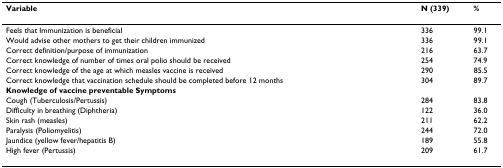
<table><thead><tr><td><b>Variable</b></td><td><b>N (339)</b></td><td><b>%</b></td></tr></thead><tbody><tr><td>Feels that Immunization is beneficial</td><td>336</td><td>99.1</td></tr><tr><td>Would advise other mothers to get their children immunized</td><td>336</td><td>99.1</td></tr><tr><td>Correct definition/purpose of immunization</td><td>216</td><td>63.7</td></tr><tr><td>Correct knowledge of number of times oral polio should be received</td><td>254</td><td>74.9</td></tr><tr><td>Correct knowledge of the age at which measles vaccine is received</td><td>290</td><td>85.5</td></tr><tr><td>Correct knowledge that vaccination schedule should be completed before 12 months</td><td>304</td><td>89.7</td></tr><tr><td><b>Knowledge of vaccine preventable Symptoms</b></td><td></td><td></td></tr><tr><td>Cough (Tuberculosis/Pertussis)</td><td>284</td><td>83.8</td></tr><tr><td>Difficulty in breathing (Diphtheria)</td><td>122</td><td>36.0</td></tr><tr><td>Skin rash (measles)</td><td>211</td><td>62.2</td></tr><tr><td>Paralysis (Poliomyelitis)</td><td>244</td><td>72.0</td></tr><tr><td>Jaundice (yellow fever/hepatitis B)</td><td>189</td><td>55.8</td></tr><tr><td>High fever (Pertussis)</td><td>209</td><td>61.7</td></tr></tbody></table>